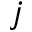
j